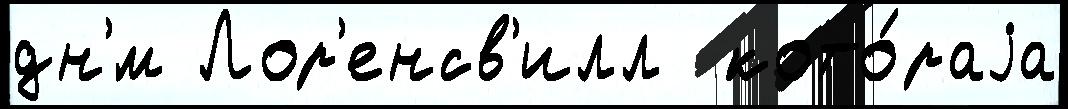
дн'́м Лор'енсв'илл  кото́раjа